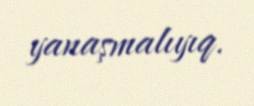
yanaşmalıyıq.